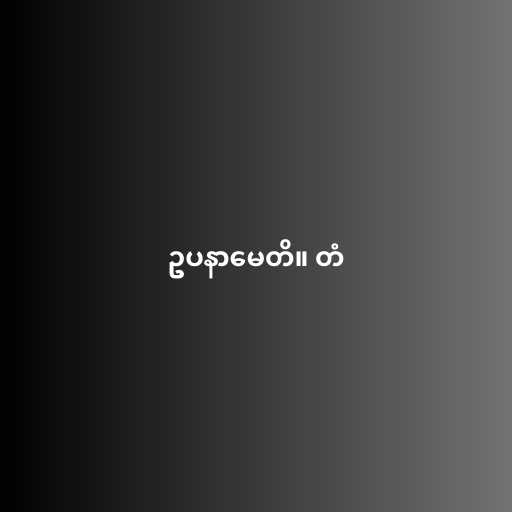
ဥပနာမေတိ။ တံ